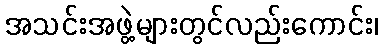
အသင်းအဖွဲ့များတွင်လည်းကောင်း၊